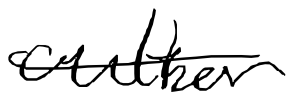
Text: author
Cross-out: single-line
Writing tool: digital_black